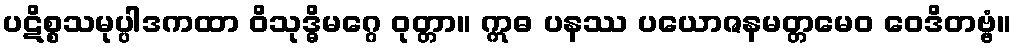
ပဋိစ္စသမုပ္ပါဒကထာ ဝိသုဒ္ဓိမဂ္ဂေ ဝုတ္တာ။ ဣဓ ပနဿ ပယောဇနမတ္တမေဝ ဝေဒိတဗ္ဗံ။